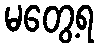
မတွေ့ရ